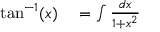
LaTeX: \begin{array} { r l } { \tan ^ { - 1 } ( x ) } & { { } = \int { \frac { d x } { 1 + x ^ { 2 } } } } \end{array}